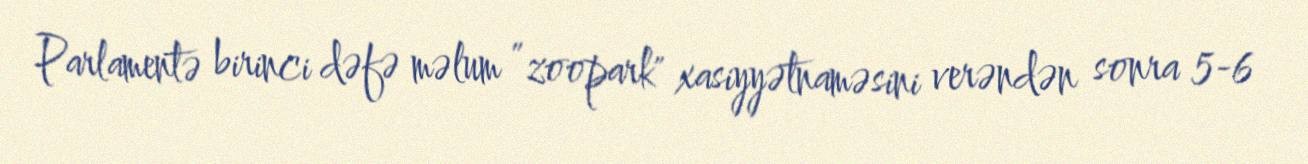
Parlamentə birinci dəfə məlum ”zoopark" xasiyyətnaməsini verəndən sonra 5-6